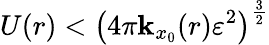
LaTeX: U(r)<\left(4\pi\mathbf{k}_{x_{0}}(r)\varepsilon^{2}\right)^{\frac{{3}}{{2}}}